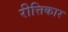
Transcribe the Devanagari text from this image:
रीत्तिकार